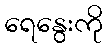
ရေနွေးကို